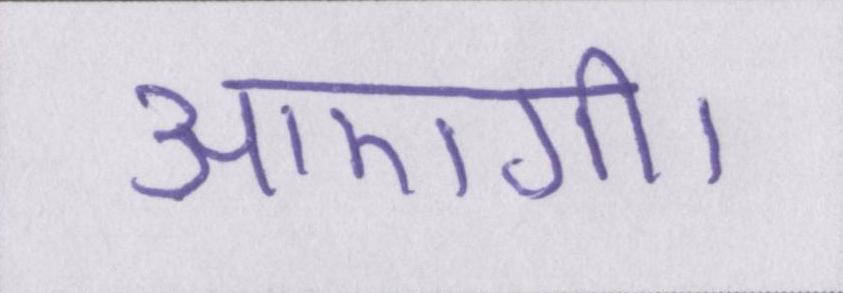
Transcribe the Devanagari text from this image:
आएगी।